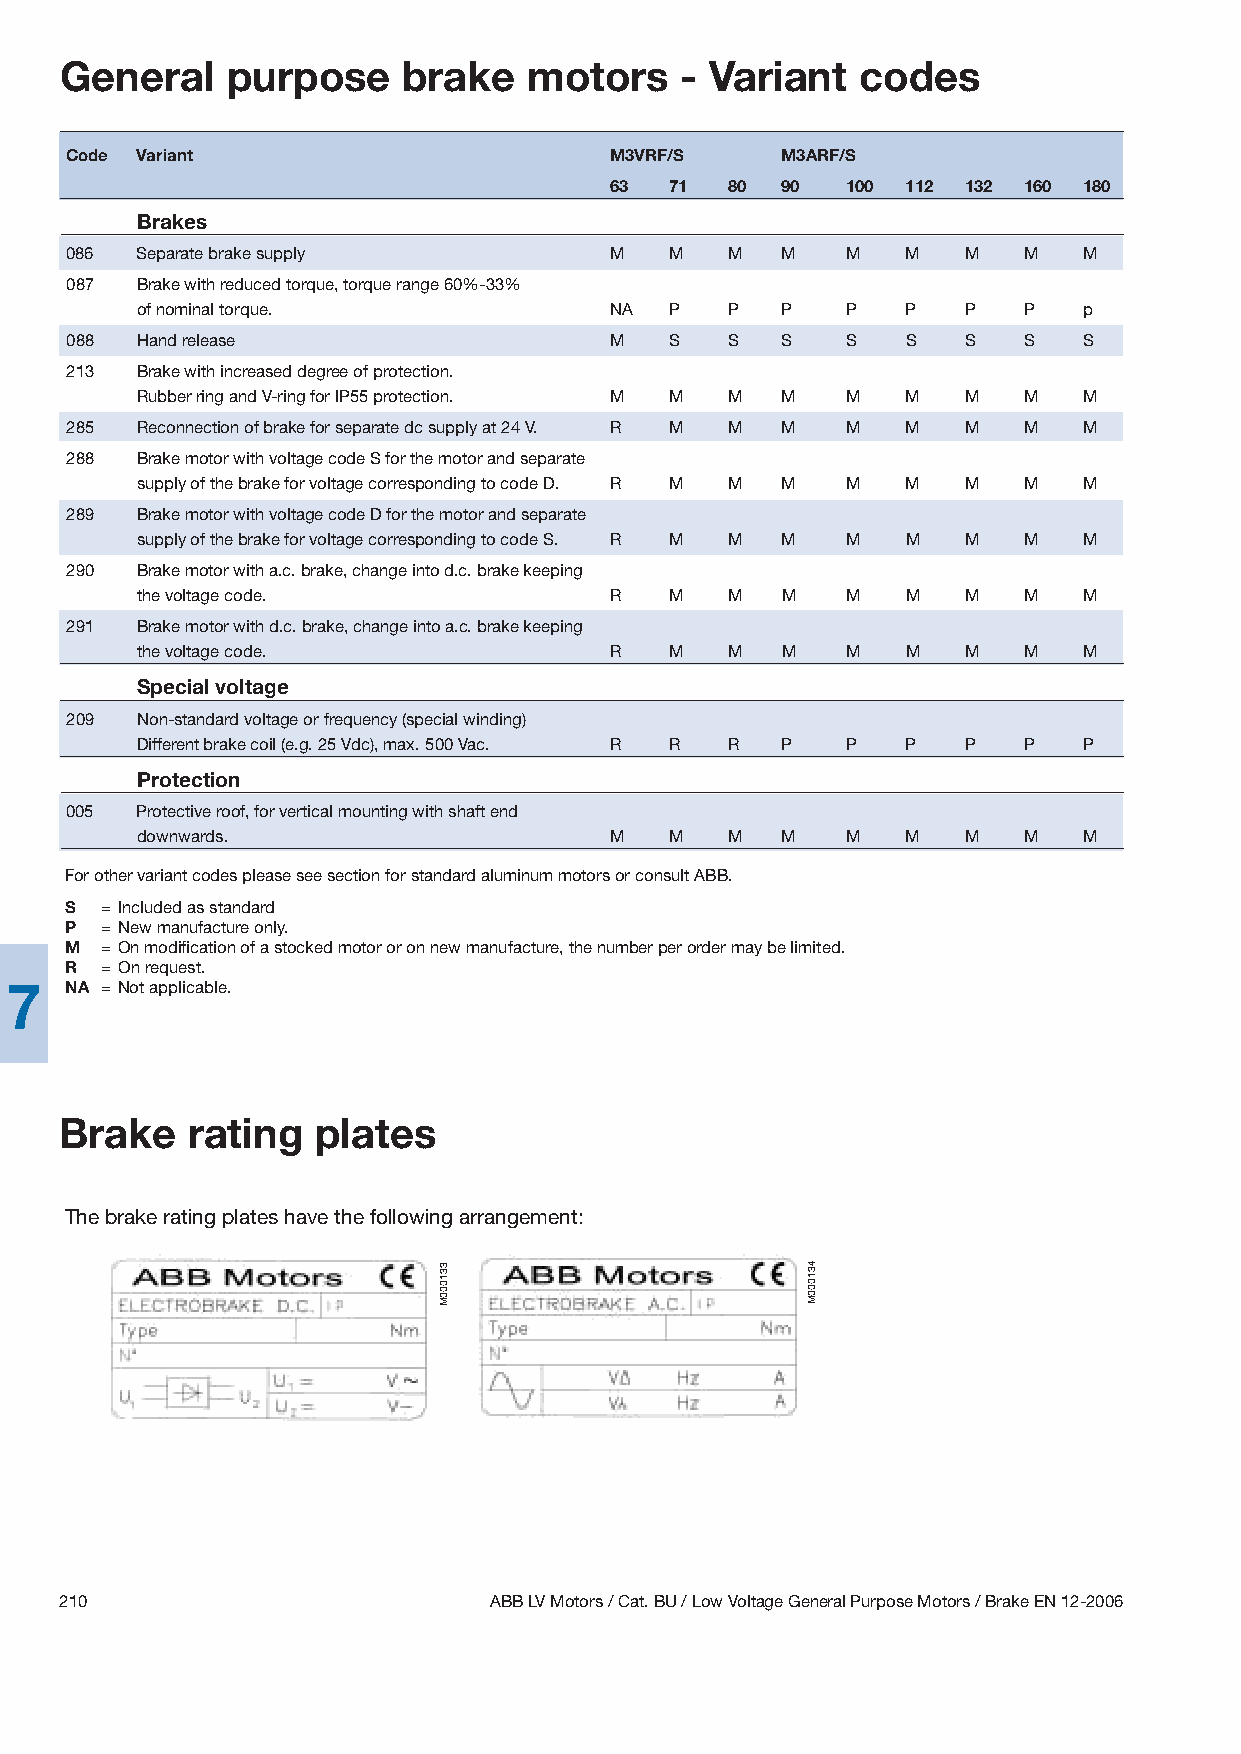
General    purpose     brake   motors    - Variant   codes
 Code Variant                        M3VRF/S    M3ARF/S
 63 71  80  90  100 112 132 160 180
 Brakes
 086 Separate brake supply           M  M   M   M   M   M   M   M   M
 087 Brake with reduced torque, torque range 60%-33%
 of nominal torque.              NA P   P   P   P   P   P   P   p
 088 Hand release                    M  S   S   S   S   S   S   S   S
 213 Brake with increased degree of protection.
 Rubber ring and V-ring for IP55 protection. M M M M M M M  M   M
 285 Reconnection of brake for separate dc supply at 24 V. R M M M M M M M M
 288 Brake motor with voltage code S for the motor and separate
 supply of the brake for voltage corresponding to code D. R M M M M M M M M
 289 Brake motor with voltage code D for the motor and separate
 supply of the brake for voltage corresponding to code S. R M M M M M M M M
 290 Brake motor with a.c. brake, change into d.c. brake keeping
 the voltage code.               R  M   M   M   M   M   M   M   M
 291 Brake motor with d.c. brake, change into a.c. brake keeping
 the voltage code.               R  M   M   M   M   M   M   M   M
 Special voltage
 209 Non-standard voltage or frequency (special winding)
 Different brake coil (e.g. 25 Vdc), max. 500 Vac. R R R P P P P P P
 Protection
 005 Protective roof, for vertical mounting with shaft end
 downwards.                      M  M   M   M   M   M   M   M   M
 For other variant codes please see section for standard aluminum motors or consult ABB.
 S = Included as standard
 P = New manufacture only.
 M = On modification of a stocked motor or on new manufacture, the number per order may be limited.
 R = On request.
 7   NA = Not applicable.
 Brake    rating  plates
 The brake rating plates have the following arrangement:
 210                          ABB LV Motors /Cat. BU / Low Voltage General Purpose Motors / Brake EN 12-2006
 331000M                  431000M